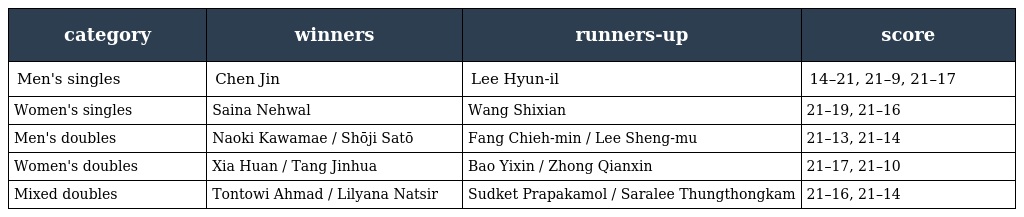
| category | winners | runners-up | score |
 | --- | --- | --- | --- |
 | Men's singles | Chen Jin | Lee Hyun-il | 14–21, 21–9, 21–17 |
 | Women's singles | Saina Nehwal | Wang Shixian | 21–19, 21–16 |
 | Men's doubles | Naoki Kawamae / Shōji Satō | Fang Chieh-min / Lee Sheng-mu | 21–13, 21–14 |
 | Women's doubles | Xia Huan / Tang Jinhua | Bao Yixin / Zhong Qianxin | 21–17, 21–10 |
 | Mixed doubles | Tontowi Ahmad / Lilyana Natsir | Sudket Prapakamol / Saralee Thungthongkam | 21–16, 21–14 |